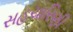
સહચારિણી